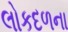
લોકદળના